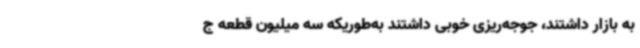
به بازار داشتند، جوجه‌ریزی خوبی داشتند به‌طوریکه سه میلیون قطعه ج